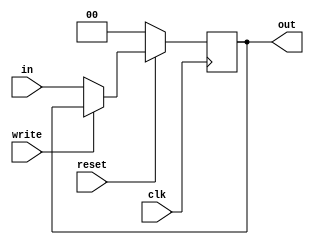
module register2(clk, out, in, write, reset);  
	output reg [1:0] out;
	input      [1:0] in;
	input      clk, write, reset;
	always@(posedge clk) begin
		if(reset==0) begin
			out = 2'b0;
		end
		else if(write == 1'b0) begin
			out = in;
		end
	end
endmodule